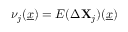
\nu _ { j } ( \underline { { x } } ) = E ( \Delta \mathbf { X } _ { j } ) ( \underline { { x } } )